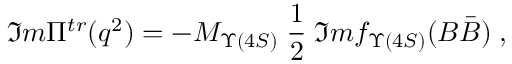
\Im m \Pi ^ { t r } ( q ^ { 2 } ) = - M _ { \Upsilon ( 4 S ) } \; \frac { 1 } { 2 } \; \Im m f _ { \Upsilon ( 4 S ) } ( B \bar { B } ) \; ,